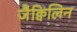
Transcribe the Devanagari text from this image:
जैक्विलिन